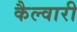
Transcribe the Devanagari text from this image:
कैल्वारी